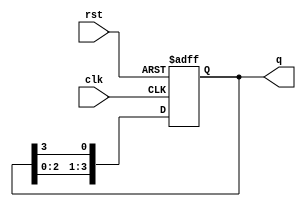
module ring_counter (
    input wire clk,          // Clock signal
    input wire rst,          // Reset signal
    output reg [3:0] q       // 4-bit output representing the state of the counter
);

// Sequential logic for the ring counter
always @(posedge clk or posedge rst) begin
    if (rst) begin
        // Reset state: only the first flip-flop set to '1'
        q <= 4'b0001;  // Initial state: (1, 0, 0, 0)
    end else begin
        // Shift the '1' to the next position
        q <= {q[2:0], q[3]};  // Shift left and wrap the last bit to the first
    end
end

endmodule